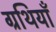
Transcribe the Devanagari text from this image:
ग्रथियाँ